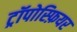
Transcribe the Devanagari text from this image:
ट्रॉपोस्फ़ियर